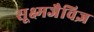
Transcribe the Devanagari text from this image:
सूक्ष्मजैविज्ञ